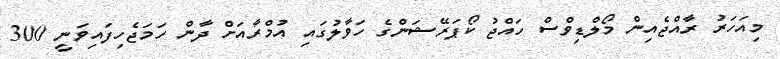
މިއަހަރު ރާއްޖެއިން މޯލްޑިވްސް ހައްޖު ކޯޕަރޭޝަންގެ ހަވާލުގައި އުމްރާއަށް ދާން ހަމަޖެހިފައިވަނީ 300